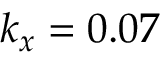
k _ { x } = 0 . 0 7